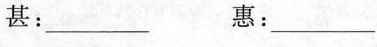
甚：___ 惠：_____